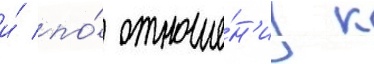
и́ по́ отноше́н'иу к